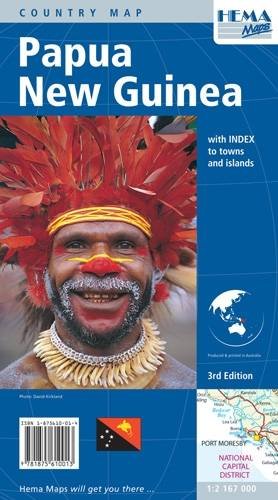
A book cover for Papua New Guinea (Hema Maps International); Hema; Travel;